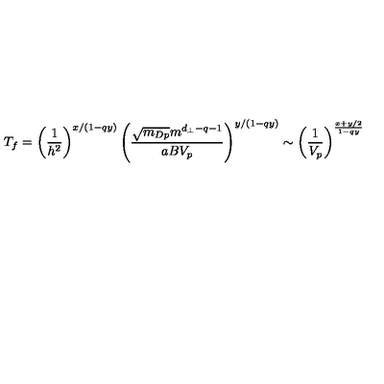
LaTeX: T _ { f } = \left( \frac { 1 } { h ^ { 2 } } \right) ^ { x / ( 1 - q y ) } \left( \frac { \sqrt { m _ { D p } } m ^ { d _ { \perp } - q - 1 } } { a B V _ { p } } \right) ^ { y / ( 1 - q y ) } \sim \left( \frac { 1 } { V _ { p } } \right) ^ { \frac { x + y / 2 } { 1 - q y } }